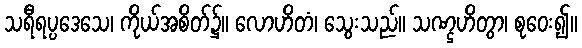
သရီရပ္ပဒေသေ၊ ကိုယ်အစိတ်၌။ လောဟိတံ၊ သွေးသည်။ သဏ္ဌဟိတွာ၊ စုဝေး၍။